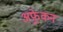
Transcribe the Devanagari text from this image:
अफ़्र्रेकन